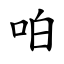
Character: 㕷